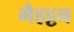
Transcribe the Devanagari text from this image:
मैहट्टन